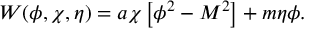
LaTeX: W ( \phi , \chi , \eta ) = a \chi \left[ \phi ^ { 2 } - M ^ { 2 } \right] + m \eta \phi .